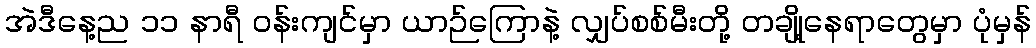
အဲဒီနေ့ည ၁၁ နာရီ ဝန်းကျင်မှာ ယာဉ်ကြောနဲ့ လျှပ်စစ်မီးတို့ တချို့နေရာတွေမှာ ပုံမှန်